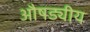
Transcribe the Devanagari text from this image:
औषड्यीय